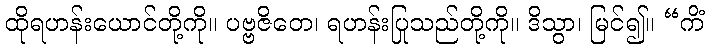
ထိုရဟန်းယောင်တို့ကို။ ပဗ္ဗဇိတေ၊ ရဟန်းပြုသည်တို့ကို။ ဒိသွာ၊ မြင်၍။ “ကိံ